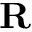
\mathbf { R }